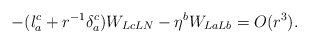
\begin{align*} - (l_{a}^c+r^{-1}\delta_a^c)W_{LcLN } - \eta^b W_{LaLb}=O(r^3).\end{align*}